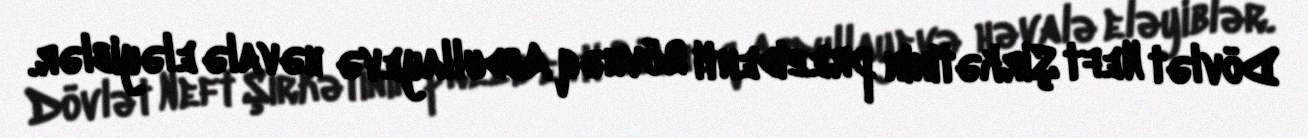
Dövlət Neft Şirkətinin prezidenti Rövnəq Abdullayevə həvalə eləyiblər.